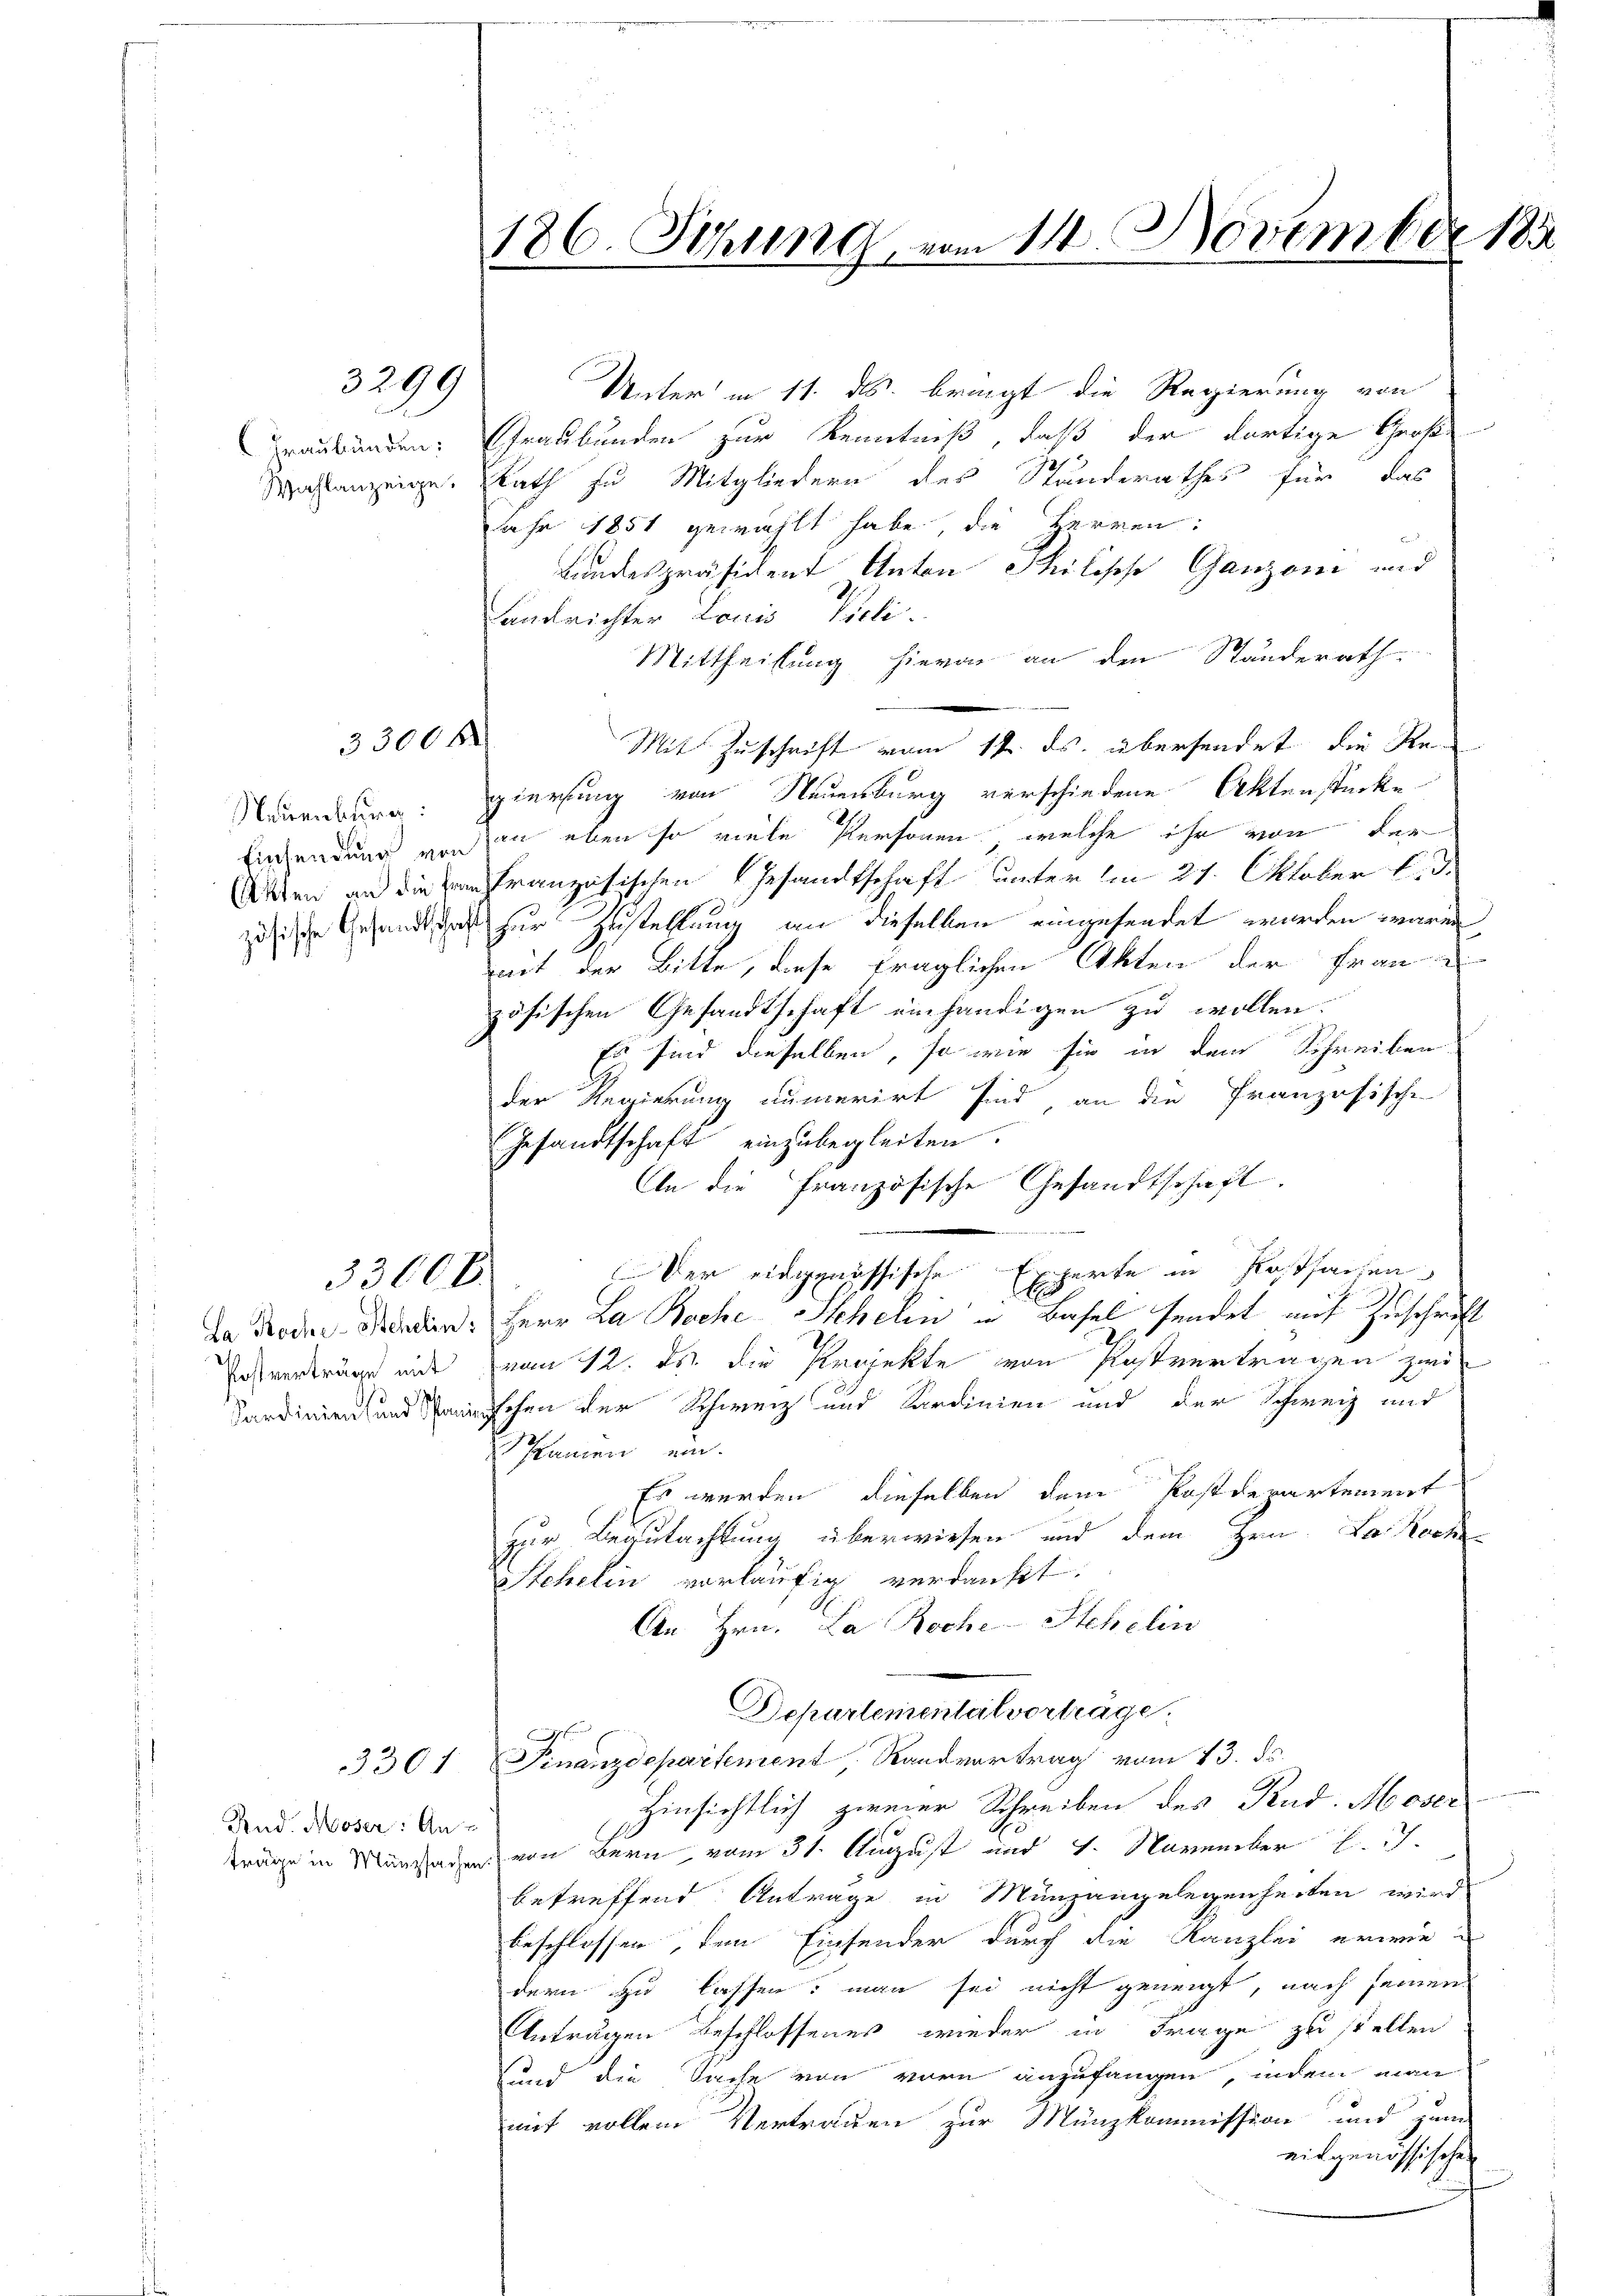
3299

33000

33600.

3301

Unter in 11. ds. bringt die Regierung von
raubünden: Graubünden zur Kenntniß, daß der dortige Groß
27
Mastanzeige. Rath zu Mitgliedern des Standerathes für das
Jahr 1851 gewählt habe, die Herren:
Bundespräsident Anton Philipp Ganzoni und
Landrichter Louis Vieli.
Mittheilung hievon an den Ständerath
Mit Zuschrift vom 14. ds. übersendet, die Re¬
Neuenburg gierung von Neuenburg verschiedene Aktenstücke
Einsendung von an eben so viele Personen, welche ihr von der
Arten an die ein französischen Gesandtschaft unter im 21. Oktober l. J.
zuische Gesandtschaft zur Zustellung an dieselben eingesendet wurden waren
mit der Bitte, diese fraglichen Akten der Frau
zösischen Gesandtschaft einhändigen zu wollen.
Es sind dieselben, so wie sie in dem Schreiben
der Regierung numerirt sind, an die Französische
Gesandtschaft einzubegleiten.
An die französische Gesandtschaft.
.
Der eidgenössische Erwerte in Postsachen
E
da oder Morden. Herr La Bache Schelin in Basel sendet auf Zuschrift
Ersverträge mit Tram 12. ds. die Projekte von Postvertragen sei
ardinien und schen der Schweiz und Sardinien und der Schweiz mit
Schanien ein.
Es werden dieselben dem Postdepartement
zur Begutachtung überwiesen und dem Hrn. La Roch
Stehelin vorläufig verdankt.
An Hrn. La Roche-Schelin
Departemental vorträge.
f
Finanzdepartement, Randvortrag vom 13. ds.
Hinsichtlich zweier Schreiben des Rud. Moser
Frage in Mangeden von Bern, vom 31. August und 4. November . .
betreffend Anträge in Münzangelegenheiten wird
beschlossen, den Einsender durch die Kanzlei erwiedern zu lassen: man sei nicht geneigt, nach seinen
Anträgen beschlossenes wieder in Frage zu stellen
und die Sache von vorn anzufangen, indem man
mit vollen Vertrauen zur Münzkommission und zum
eitgenössischen

And. Moser: An-

186. Schling vom 11. November 188